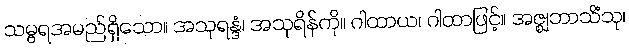
သမ္ဗရအမည်ရှိသော။ အသုရန္ဒံ၊ အသုရိန်ကို။ ဂါထာယ၊ ဂါထာဖြင့်။ အဇ္ဈဘာသိံသု၊